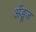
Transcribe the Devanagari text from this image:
अँड्रूज